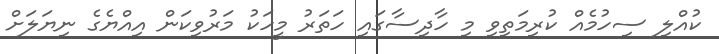
ކުއްލި ސިހުމެއް ކުރިމަތިވި މި ހާދިސާގައި ހަތަރު މީހަކު މަރުވިކަން އިއްޔެގެ ނިޔަލަށް